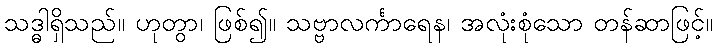
သဒ္ဓါရှိသည်။ ဟုတွာ၊ ဖြစ်၍။ သဗ္ဗာလင်္ကာရေန၊ အလုံးစုံသော တန်ဆာဖြင့်။